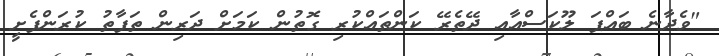
"ވެދާނެ ބައްޕަ ލޫކަސްއާއި ދޭތެރޭ ކަންތައްކުރި ގޮތުން ކަމަށް ދަރިން ތަފާތު ކުރަންފެށީ